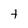
Character: t